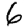
Digit: 6